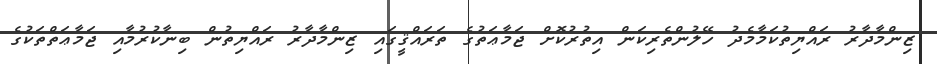
ޒިންމާދާރު ރައްޔިތުކަމާމެދު ހޭލުންތެރިކަން އިތުރުކޮށް ޖަމާޢަތުގެ ތަރައްޤީގައި ޒިންމާދާރު ރައްޔިތުން ބިނާކުރުމާއި ޖަމާޢަތްތަކުގެ